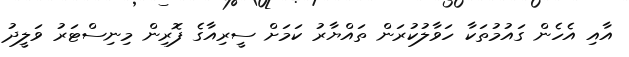
އާއި އެހެން ގައުމުތަކާ ހަވާލުކުރަން ތައްޔާރު ކަމަށް ސީރިއާގެ ފޮރިން މިނިސްޓަރު ވަލީދު